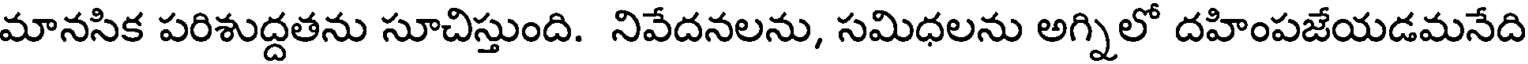
మానసిక పరిశుద్దతను సూచిస్తుంది. నివేదనలను, సమిధలను అగ్నిలో దహింపజేయడమనేది